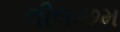
લીલાછમ